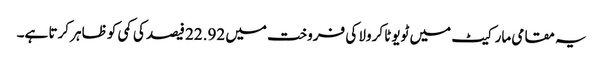
یہ مقامی مارکیٹ میں ٹویوٹا کرولا کی فروخت میں 22.92 فیصد کی کمی کو ظاہر کرتا ہے۔